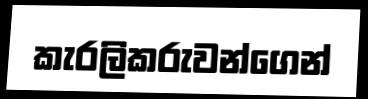
කැරලිකරුවන්ගෙන්